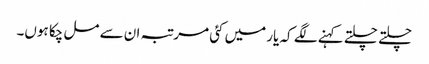
چلتے چلتے کہنے لگے کہ یار میں کئی مرتبہ ان سے مل چکا ہوں۔